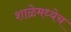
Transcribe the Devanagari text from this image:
शाळेमध्येच